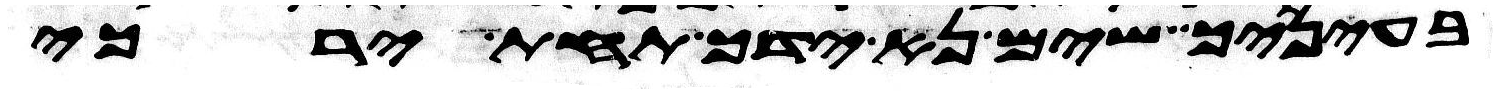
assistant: בעיניך שים נא ידך תחת ירכי